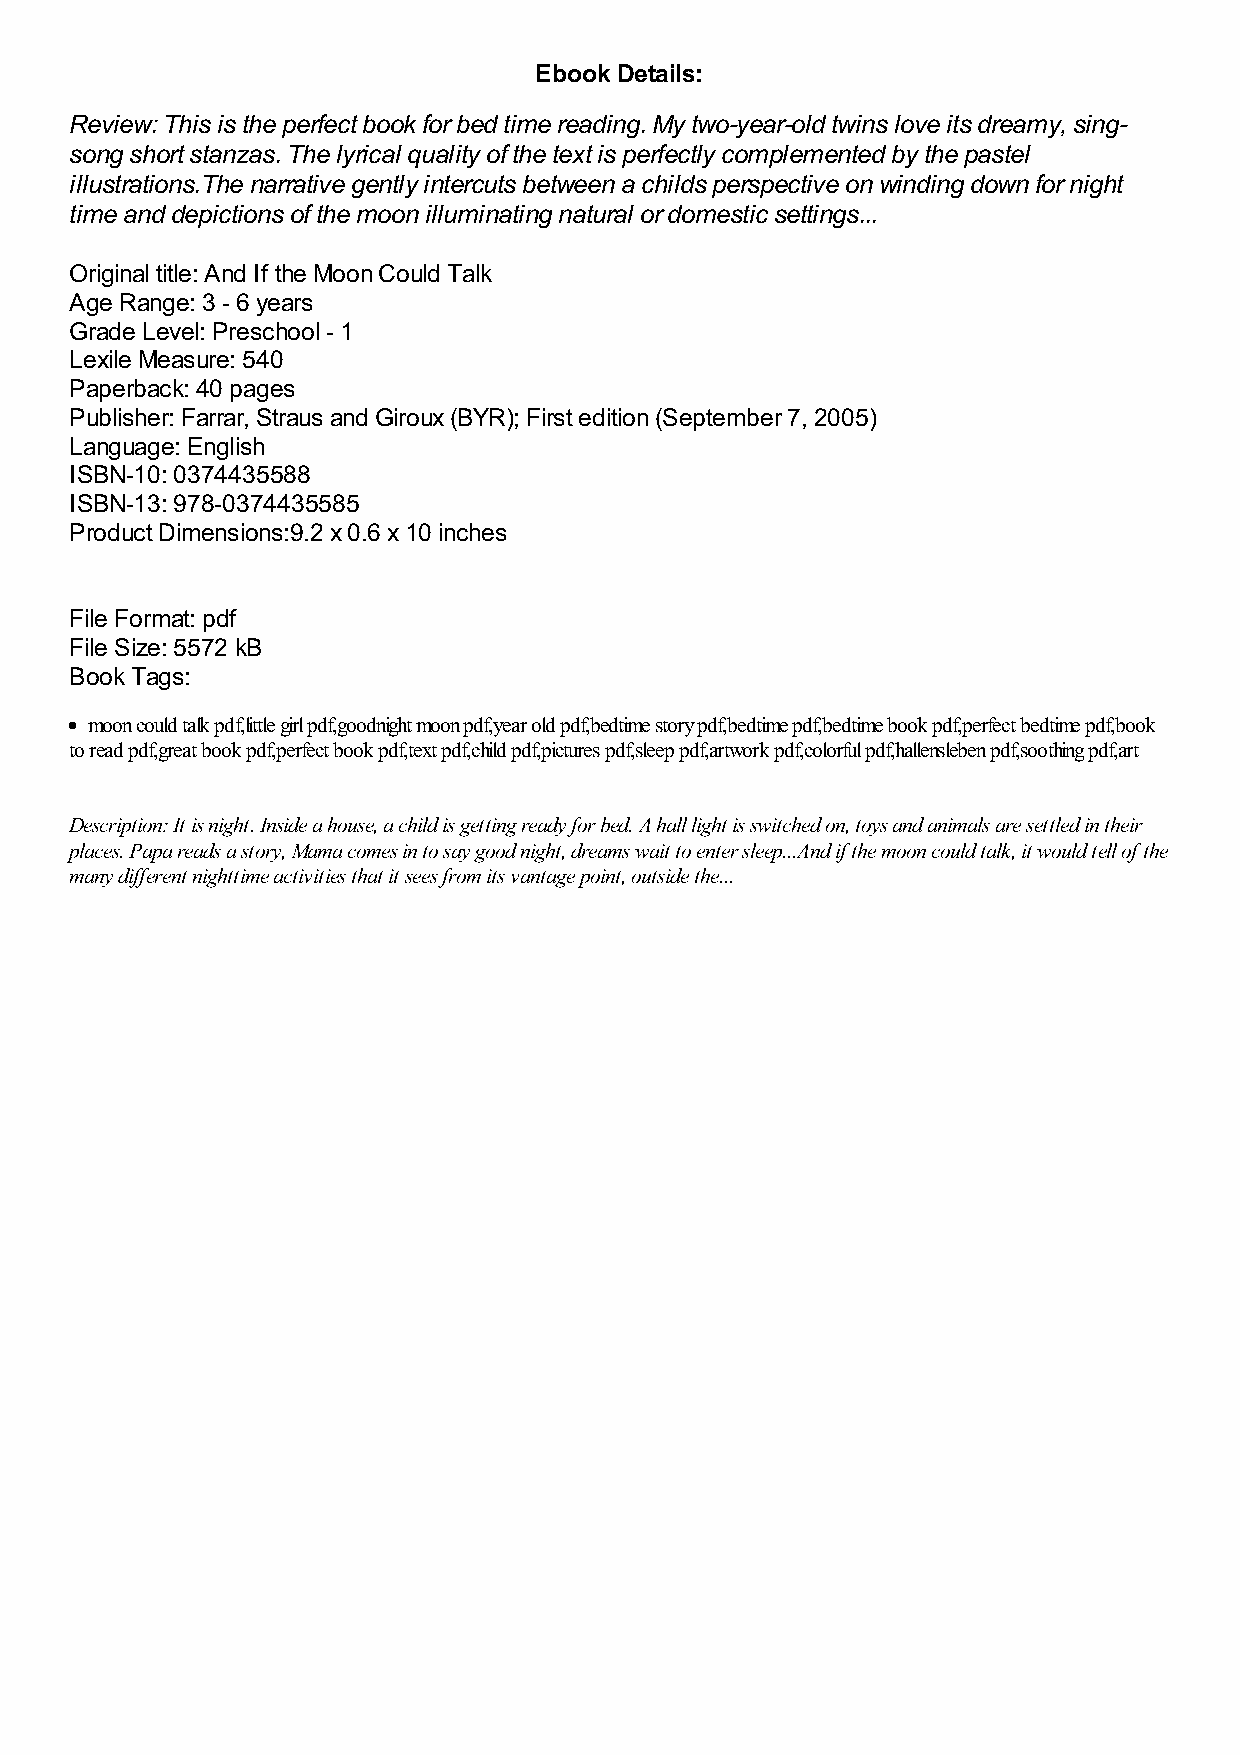
Ebook Details:
 Review: This is the perfect book for bed time reading. My two-year-old twins love its dreamy, sing-
 song short stanzas. The lyrical quality of the text is perfectly complemented by the pastel
 illustrations.The narrative gently intercuts between a childs perspective on winding down for night
 time and depictions of the moon illuminating natural or domestic settings...
 Original title: And If the Moon Could Talk
 Age Range: 3 - 6 years
 Grade Level: Preschool - 1
 Lexile Measure: 540
 Paperback: 40 pages
 Publisher: Farrar, Straus and Giroux (BYR); First edition (September 7, 2005)
 Language: English
 ISBN-10: 0374435588
 ISBN-13: 978-0374435585
 Product Dimensions:9.2 x 0.6 x 10 inches
 File Format: pdf
 File Size: 5572 kB
 Book Tags:
 moon could talk pdf,little girl pdf,goodnight moon pdf,year old pdf,bedtime story pdf,bedtime pdf,bedtime book pdf,perfect bedtime pdf,book
 to read pdf,great book pdf,perfect book pdf,text pdf,child pdf,pictures pdf,sleep pdf,artwork pdf,colorful pdf,hallensleben pdf,soothing pdf,art
 Description: It is night. Inside a house, a child is getting ready for bed. A hall light is switched on, toys and animals are settled in their
 places. Papa reads a story, Mama comes in to say good night, dreams wait to enter sleep...And if the moon could talk, it would tell of the
 many different nighttime activities that it sees from its vantage point, outside the...